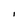
Character: I